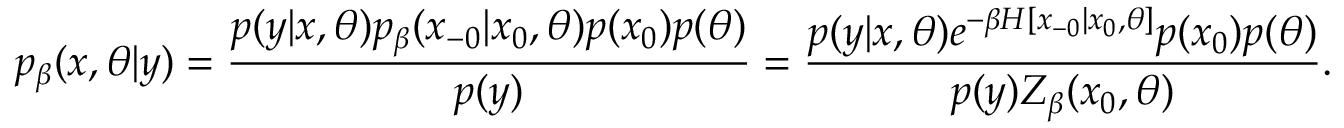
p _ { \beta } ( x , \theta | y ) = \frac { p ( y | x , \theta ) p _ { \beta } ( x _ { - 0 } | x _ { 0 } , \theta ) p ( x _ { 0 } ) p ( \theta ) } { p ( y ) } = \frac { p ( y | x , \theta ) e ^ { - \beta H [ x _ { - 0 } | x _ { 0 } , \theta ] } p ( x _ { 0 } ) p ( \theta ) } { p ( y ) Z _ { \beta } ( x _ { 0 } , \theta ) } .